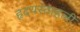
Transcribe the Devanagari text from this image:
हृदयस्ताहली